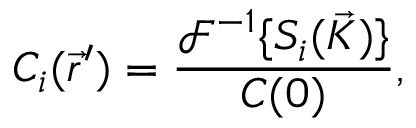
C _ { i } ( \vec { r } ^ { \prime } ) = \frac { \mathcal { F } ^ { - 1 } \{ S _ { i } ( \vec { K } ) \} } { C ( 0 ) } ,